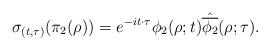
LaTeX: \begin{align*}\sigma_{(t,\tau)}(\pi_2(\rho))=e^{-it\cdot\tau}\phi_2(\rho;t)\hat{\overline{\phi_2}}(\rho; \tau).\end{align*}